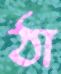
ঠা